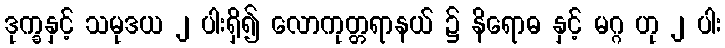
ဒုက္ခနှင့် သမုဒယ ၂ ပါးရှိ၍ လောကုတ္တရာနယ် ၌ နိရောဓ နှင့် မဂ္ဂ ဟု ၂ ပါး